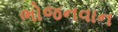
ભોજનવાન